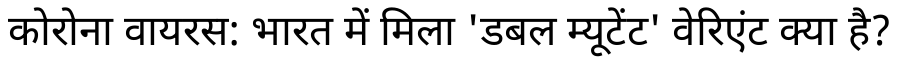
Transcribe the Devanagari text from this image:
कोरोना वायरस: भारत में मिला 'डबल म्यूटेंट' वेरिएंट क्या है?